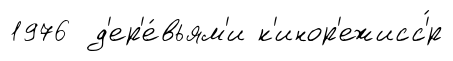
1976 д'ер'е́вьям'и к'инор'ежисс'́р